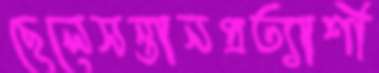
ছেলেসন্তানপ্রত্যাশী